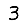
Digit: 3